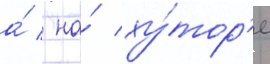
а́ / на́ ху́тор'е